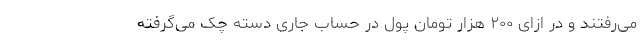
می‌رفتند و در ازای ۲۰۰ هزار تومان پول در حساب جاری دسته چک می‌گرفته